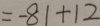
= - 8 1 + 1 2